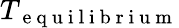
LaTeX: T_{\mathrm{~e~q~u~i~l~i~b~r~i~u~m~}}